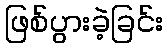
ဖြစ်ပွားခဲ့ခြင်း